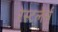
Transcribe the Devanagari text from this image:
रेस्टलेर्स